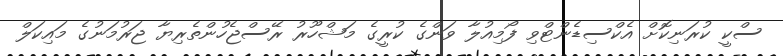
ސްކީ ކުރަނިކޮށް އެކްސިޑެންޓްވި ފޯމިއުލާ ވަންގެ ކުރީގެ މަޝްހޫރު ރޭސްޖެހުންތެރިޔާ ޖަރުމަނުގެ މައިކަލް